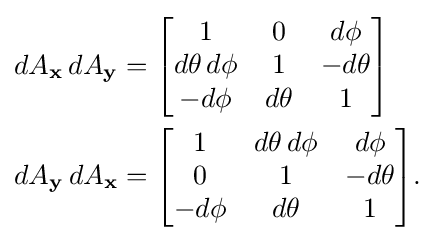
{\begin{aligned}dA_{\mathbf {x} }\,dA_{\mathbf {y} }&={\begin{bmatrix}1&0&d\phi \\d\theta \,d\phi &1&-d\theta \\-d\phi &d\theta &1\end{bmatrix}}\\dA_{\mathbf {y} }\,dA_{\mathbf {x} }&={\begin{bmatrix}1&d\theta \,d\phi &d\phi \\0&1&-d\theta \\-d\phi &d\theta &1\end{bmatrix}}.\\\end{aligned}}